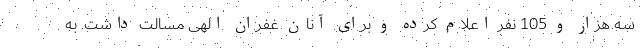
سه هزار و 105 نفر اعلام کرده و برای آنان غفران الهی مسالت داشت. به